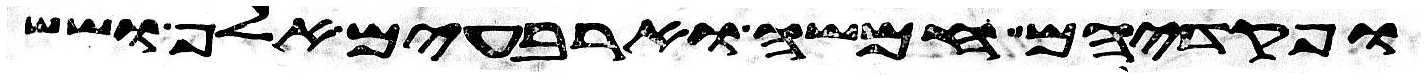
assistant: ופקדיהם חמשה וארבעים אלף ושש